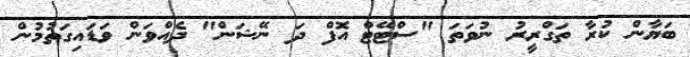
ބަޔާން ކުރާ ތަގްރީރު ނުވަތަ "ސްޓޭޓް އޮފް ދަ ނޭޝަން" ދެއްވަން ވަޑައިގަތުމުން